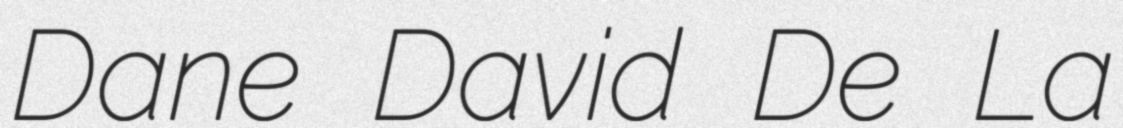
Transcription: Dane David De La